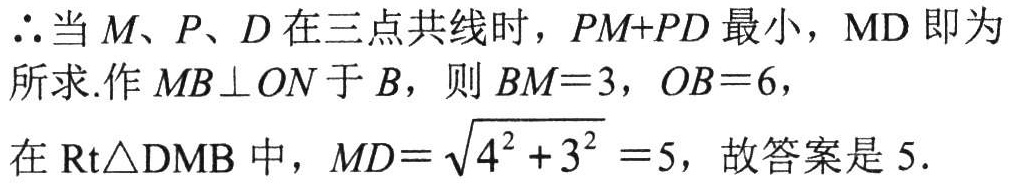
$\therefore$当$M、P、D$在三点共线时，$PM + PD$最小，$MD$即为所求.作$MB\perp ON$于$B$，则$BM = 3$，$OB = 6$，
在$\text{Rt}\triangle\text{DMB}$中，$MD = \sqrt{4^{2} + 3^{2}} = 5$，故答案是$5$.